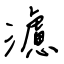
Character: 濾